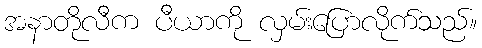
အနာတိုလီက ပီယာကို လှမ်းပြောလိုက်သည်။